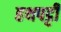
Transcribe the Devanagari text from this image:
हथपट्टी